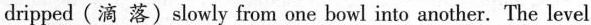
dripped (滴 落) slowly from one bowl into another. The level